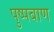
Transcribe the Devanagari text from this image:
पुष्पबाण